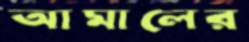
আমালের